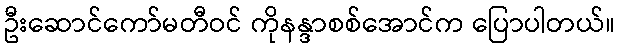
ဦးဆောင်ကော်မတီဝင် ကိုနန္ဒာစစ်အောင်က ပြောပါတယ်။